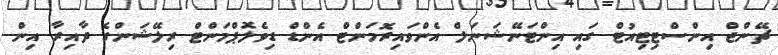
ޗޭންޖް އިންސްޓިޓިއުޓް ގައި އިންޓަނޭޝަނަލް އެންވައިރޮމަންޓް އެންޑް ޑިވެލޮޕްމަންޓް ރިލޭޝަންގެ ދާއިރާ އިން